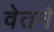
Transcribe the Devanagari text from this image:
वेतने